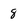
Character: 8